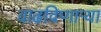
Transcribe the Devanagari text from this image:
वाढविणाऱ्या